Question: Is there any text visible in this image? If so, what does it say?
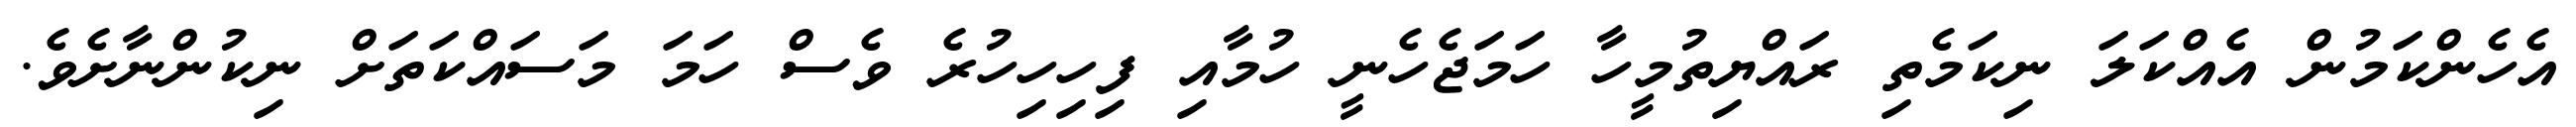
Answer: އެހެންކަމުން އެއްކަލަ ނިކަމެތި ރައްޔިތުމީހާ ހަމަޖެހެނީ ހުމާއި ފިހިހިހުރެ ވެސް ހަމަ މަސައްކަތަށް ނިކުންނާށެވެ.